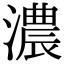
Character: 濃